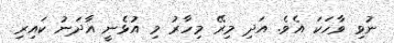
ނުވި ވާހަކަ އެވެ. އަދި މިރޭ މިހާރު މި އުޅެނީ އާދަނު ކައިރި